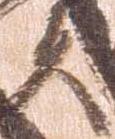
夫